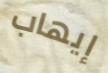
إيهاب